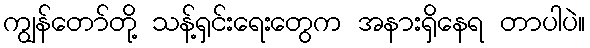
ကျွန်တော်တို့ သန့်ရှင်းရေးတွေက အနားရှိနေရ တာပါပဲ။